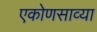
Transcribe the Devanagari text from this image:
एकोणसाव्या